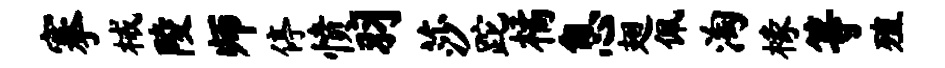
搴械陵师停愤羽莎跎橘息翅佩淘椽等殖